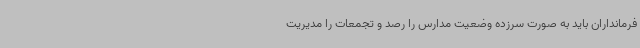
فرمانداران باید به صورت سرزده وضعیت مدارس را رصد و تجمعات را مدیریت